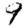
Digit: 9